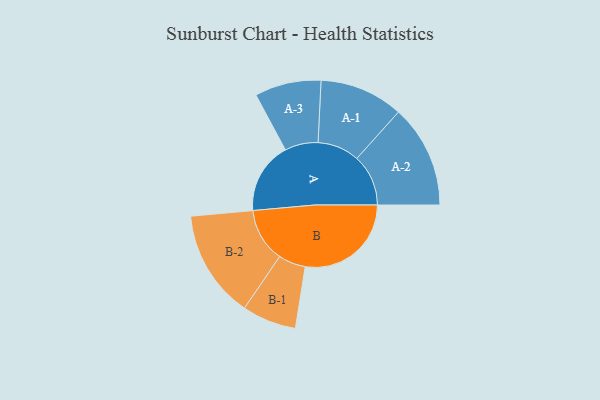
{"axis": {"x": "Segment", "y": "Value"}, "legend": ["", "A", "B"], "data": [{"x": "A", "y": 306, "type": ""}, {"x": "B", "y": 453, "type": ""}, {"x": "A-1", "y": 179, "type": "A"}, {"x": "A-2", "y": 220, "type": "A"}, {"x": "A-3", "y": 142, "type": "A"}, {"x": "B-1", "y": 116, "type": "B"}, {"x": "B-2", "y": 231, "type": "B"}]}